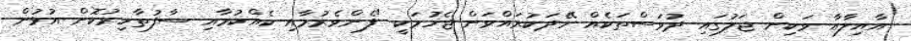
އާއިލާއާ ވަކިން ޖަލުގައި ދުވަސްތަކެއް ހޭދަކުރައްވަން ޖެހުމަކީ "ފެންވެރުމާއި ކެއްކުމާއި ސާފުތާހިރުކޮށް އުޅުން